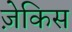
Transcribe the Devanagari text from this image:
ज़ेकिस